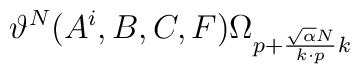
\vartheta^N(A^i,B, C,F)\Omega_{p+{\sqrt{\alpha}N\over k\cdot p}k}